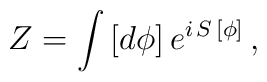
Z = \int \, [d \phi] \, e^{i \, S \, [\phi]}\,,